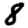
Digit: 8